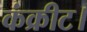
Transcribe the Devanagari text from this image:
कंक्रीट।